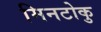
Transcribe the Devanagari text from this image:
मिनटोकु